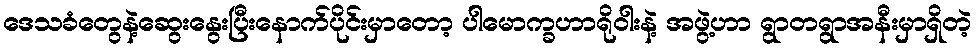
ဒေသခံတွေနဲ့ဆွေးနွေးပြီးနောက်ပိုင်းမှာတော့ ပါမောက္ခဟာရိုဝါးနဲ့ အဖွဲ့ဟာ ရွာတရွာအနီးမှာရှိတဲ့